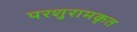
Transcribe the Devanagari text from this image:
परशुरामकृत